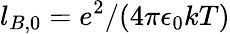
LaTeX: l_{B,0}=e^{2}/(4\pi\epsilon_{0}kT)